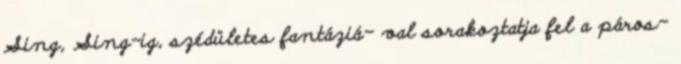
Sing, Sing-ig, szédületes fantáziá- val sorakoztatja fel a páros-